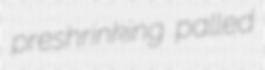
preshrinking palled